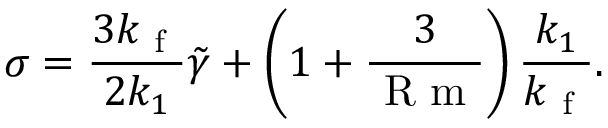
\sigma = \frac { 3 k _ { \mathrm { ~ f ~ } } } { 2 k _ { 1 } } \tilde { \gamma } + \left( 1 + \frac { 3 } { \mathrm { ~ R ~ m ~ } } \right) \frac { k _ { 1 } } { k _ { \mathrm { ~ f ~ } } } .